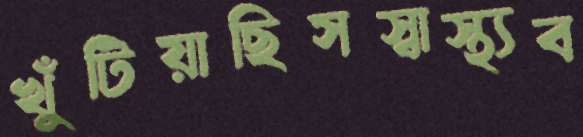
খুঁটিয়াছিসস্বাস্থ্যব